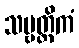
သဗ္ဗတ္ထိကံ